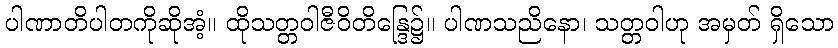
ပါဏာတိပါတကိုဆိုအံ့။ ထိုသတ္တဝါဇီဝိတိန္ဒြေ၌။ ပါဏသညိနော၊ သတ္တဝါဟု အမှတ် ရှိသော